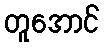
တူအောင်